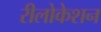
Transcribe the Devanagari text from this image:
रीलोकेशन